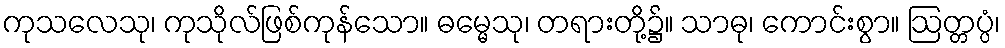
ကုသလေသု၊ ကုသိုလ်ဖြစ်ကုန်သော။ ဓမ္မေသု၊ တရားတို့၌။ သာဓု၊ ကောင်းစွာ။ ဩတ္တပ္ပံ၊